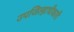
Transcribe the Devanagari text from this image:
उपजिल्हाधीकारी